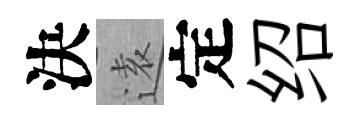
決逺定绍